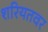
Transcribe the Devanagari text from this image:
शरियतवर